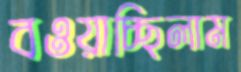
বওয়াচ্ছিলাম